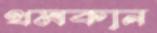
থমকান